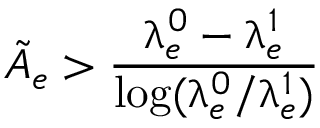
\tilde { A } _ { e } > \frac { \uplambda _ { e } ^ { 0 } - \uplambda _ { e } ^ { 1 } } { \log ( \uplambda _ { e } ^ { 0 } / \uplambda _ { e } ^ { 1 } ) }